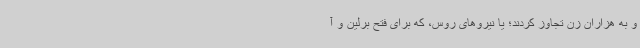
و به هزاران زن تجاوز کردند؛ یا نیروهای روس، که برای فتح برلین و آ